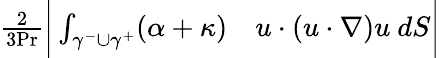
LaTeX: \begin{array}{rl}{\frac{2}{3\mathrm{{Pr}}}\bigg|\int_{\gamma^{-}\cup\gamma^{+}}(\alpha+\kappa)}&{{}u\cdot(u\cdot\nabla)u\ dS\bigg|}\end{array}